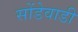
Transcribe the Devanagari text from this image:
सोंडेवाडी